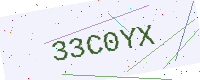
Text: 33C0YX